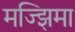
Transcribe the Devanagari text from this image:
मज्झिमा